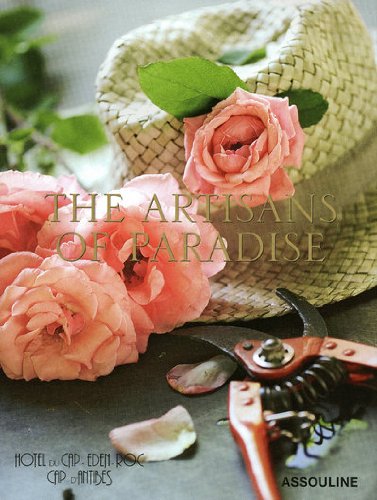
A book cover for Hotel Du Cap Eden-roc: The Artisans of Paradise; Francois Simon; Travel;